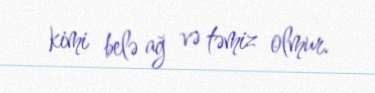
kimi belə ağ və təmiz olmur.